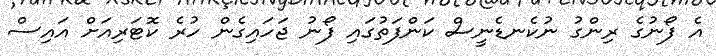
އެ ފޯނުގެ ރިންގު ނުކެނޑެނީސް ކަންފަތުގައި ފޯނު ޖަހައިގެން ހުރެ ކޮޓަރިއަށް އައިސް